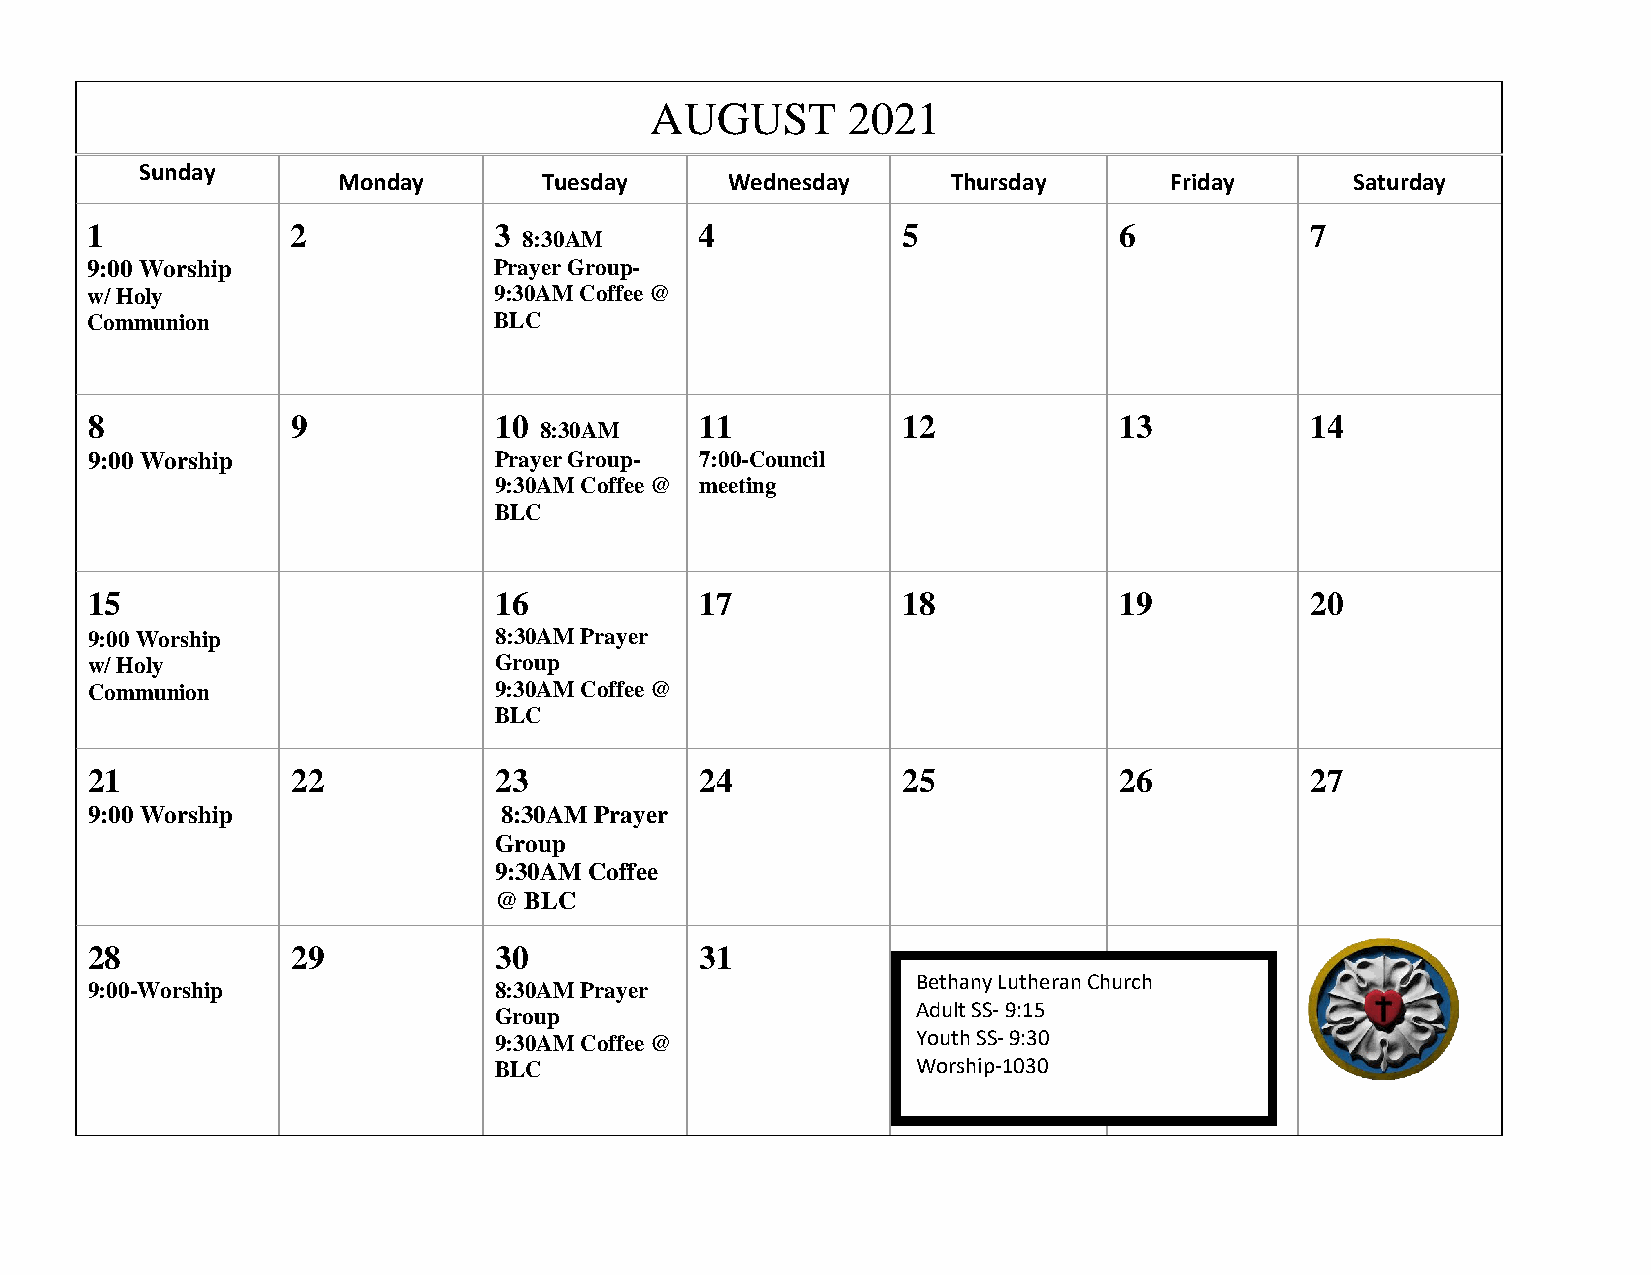
AUGUST       2021
 Sunday
 Monday        Tuesday     Wednesday      Thursday      Friday       Saturday
 1            2             3
 8:30AM
 4             5             6            7
 9:00 Worship               Prayer Group-
 w/ Holy                    9:30AM Coffee @
 Communion                  BLC
 8            9             10           11            12            13           14
 8:30AM
 9:00 Worship               Prayer Group- 7:00-Council
 9:30AM Coffee @ meeting
 BLC
 15                         16           17            18            19           20
 9:00 Worship               8:30AM Prayer
 w/ Holy                    Group
 Communion                  9:30AM Coffee @
 BLC
 21           22            23           24            25            26           27
 9:00 Worship               8:30AM Prayer
 Group
 9:30AM Coffee
 @ BLC
 28           29            30           31
 Bethany Lutheran Church
 9:00-Worship               8:30AM Prayer
 Group                       Adult SS- 9:15
 9:30AM Coffee @             Youth SS- 9:30
 BLC                         Worship-1030